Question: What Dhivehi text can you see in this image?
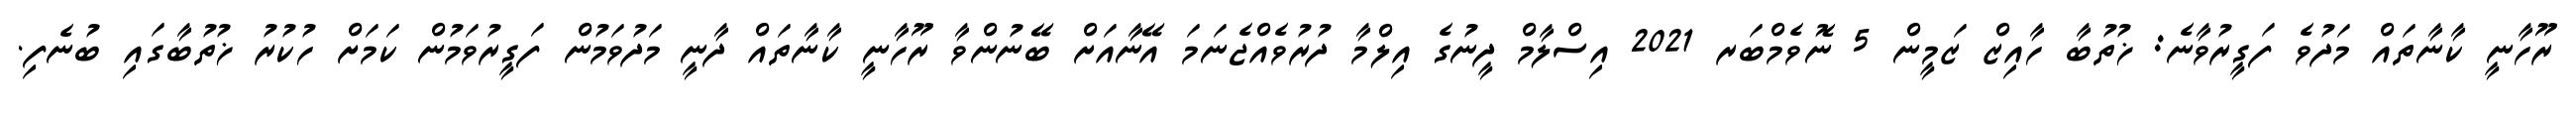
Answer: ރޫހާނީ ކާނާތައް މަދުވެ ފަގީރުވާނެ: ޚުތުބާ ހާއިޒް ޒަމީން 5 ނޮވެމްބަރ 2021 އިސްލާމް ދީނުގެ އިލްމާ ދުރުވެއްޖެނަމަ އޭނާއަށް ބޭނުންވާ ރޫހާނީ ކާނާތައް ދާނީ މަދުވަމުން ފަގީރުވަމުން ކަމަށް ހުކުރު ޚުތުބާގައި ބުނެފި.